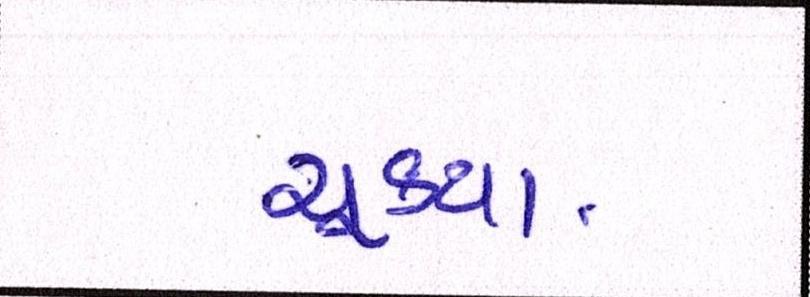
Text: ચૂક્યા